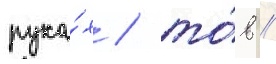
рука́х / то́в //